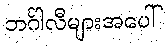
ဘင်္ဂါလီများအပေါ်